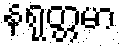
နရုတ္တမာ